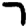
Digit: 7